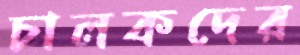
চালকদের